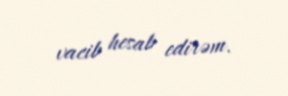
vacib hesab edirəm.